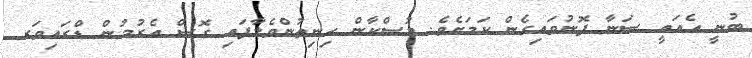
ބުނީ އެއައީ ސަނާ ފޮނުވައިގެން ކަމަށެވެ. މުސްކާން ހިނިތުންވެލާފައި ގޮސް އެރުމުން ޑްރައިވަރ